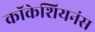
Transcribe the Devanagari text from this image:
कॉकेशियनंस